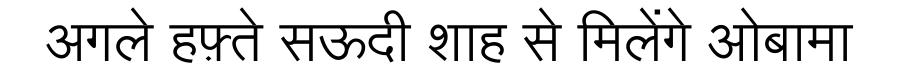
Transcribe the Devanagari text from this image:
अगले हफ़्ते सऊदी शाह से मिलेंगे ओबामा